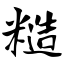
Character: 糙